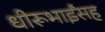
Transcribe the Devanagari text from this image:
धीरूभाईंसह